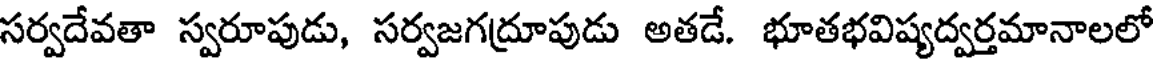
సర్వదేవతా స్వరూపుడు, సర్వజగద్రూపుడు అతడే. భూతభవిష్యద్వర్తమానాలలో